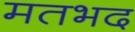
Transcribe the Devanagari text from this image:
मतभद